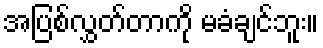
အပြစ်လွှတ်တာကို မခံချင်ဘူး။